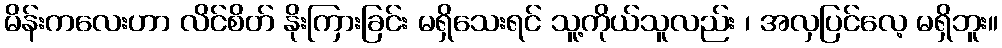
မိန်းကလေးဟာ လိင်စိတ် နိုးကြားခြင်း မရှိသေးရင် သူ့ကိုယ်သူလည်း ၊ အလှပြင်လေ့ မရှိဘူး။